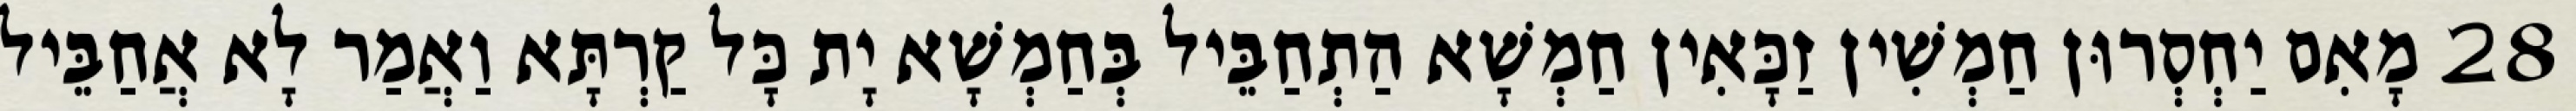
28 מָאִם יַחְסְרוּן חַמְשִׁין זַכָּאִין חַמְשָׁא הַתְחַבֵּיל בְּחַמְשָׁא יָת כָּל קַרְתָּא וַאֲמַר לָא אֲחַבֵּיל